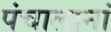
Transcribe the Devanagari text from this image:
पंचालानां